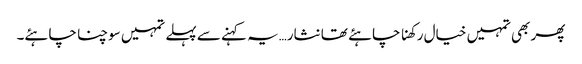
پھر بھی تمہیں خیال رکھنا چاہئے تھا نثار…یہ کہنے سے پہلے تمہیں سوچنا چاہئے۔